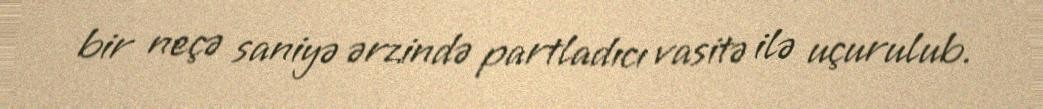
bir neçə saniyə ərzində partladıcı vasitə ilə uçurulub.